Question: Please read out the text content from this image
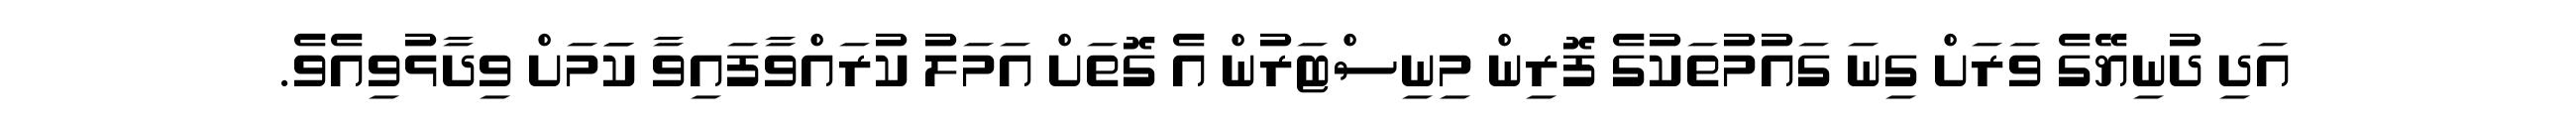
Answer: އަދި ދުނިޔޭގެ ވަރަށް ގިނަ ގައުމުތަކުގެ ފޮރިން މިނިސްޓަރުން އެ ގޮތަށް އަމަލު ކުރައްވާފައިވާ ކަަމަށް ވިދާޅުވިއެވެ.